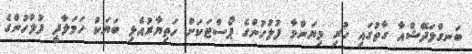
ބަނގްލަދޭޝްއާ ގާތުގައި ހުރި މިޔަންމާ ފުލުހުންގެ ޕޯސްޓަކަށް ހަތިޔާރުއެޅި ބަޔަކު ހަމަލާދީ ފުލުހުންގެ